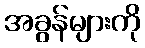
အခွန်များကို